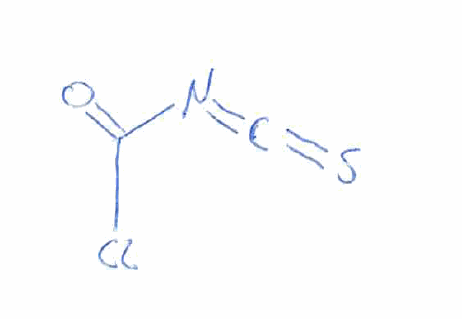
Simplified molecular-input line-entry system (SMILES) notation of the given molecule:
C(=NC(=O)Cl)=S